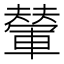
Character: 𫏼